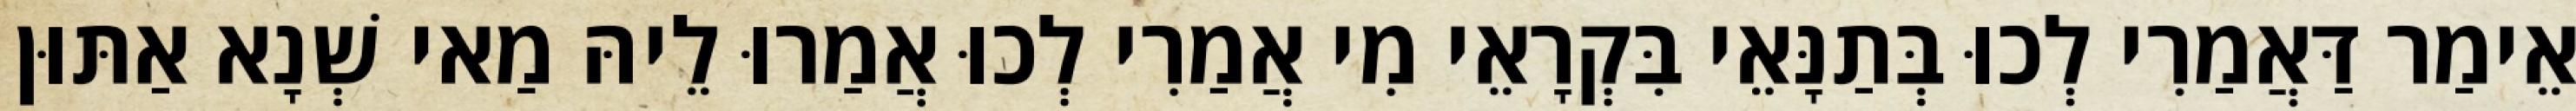
אֵימַר דַּאֲמַרִי לְכוּ בְּתַנָּאֵי בִּקְרָאֵי מִי אֲמַרִי לְכוּ אֲמַרוּ לֵיהּ מַאי שְׁנָא אַתּוּן